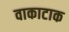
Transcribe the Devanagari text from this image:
वाकाटाक